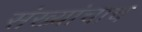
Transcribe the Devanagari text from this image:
संख्यांचाच